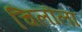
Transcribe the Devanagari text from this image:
चिलौला